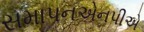
સમાપનએનપીએ